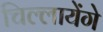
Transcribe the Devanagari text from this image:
चिल्लायेंगे